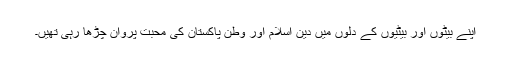
اپنے بیٹوں اور بیٹیوں کے دلوں میں دین اسلام اور وطن پاکستان کی محبت پروان چڑھا رہی تھیں۔